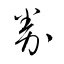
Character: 劵